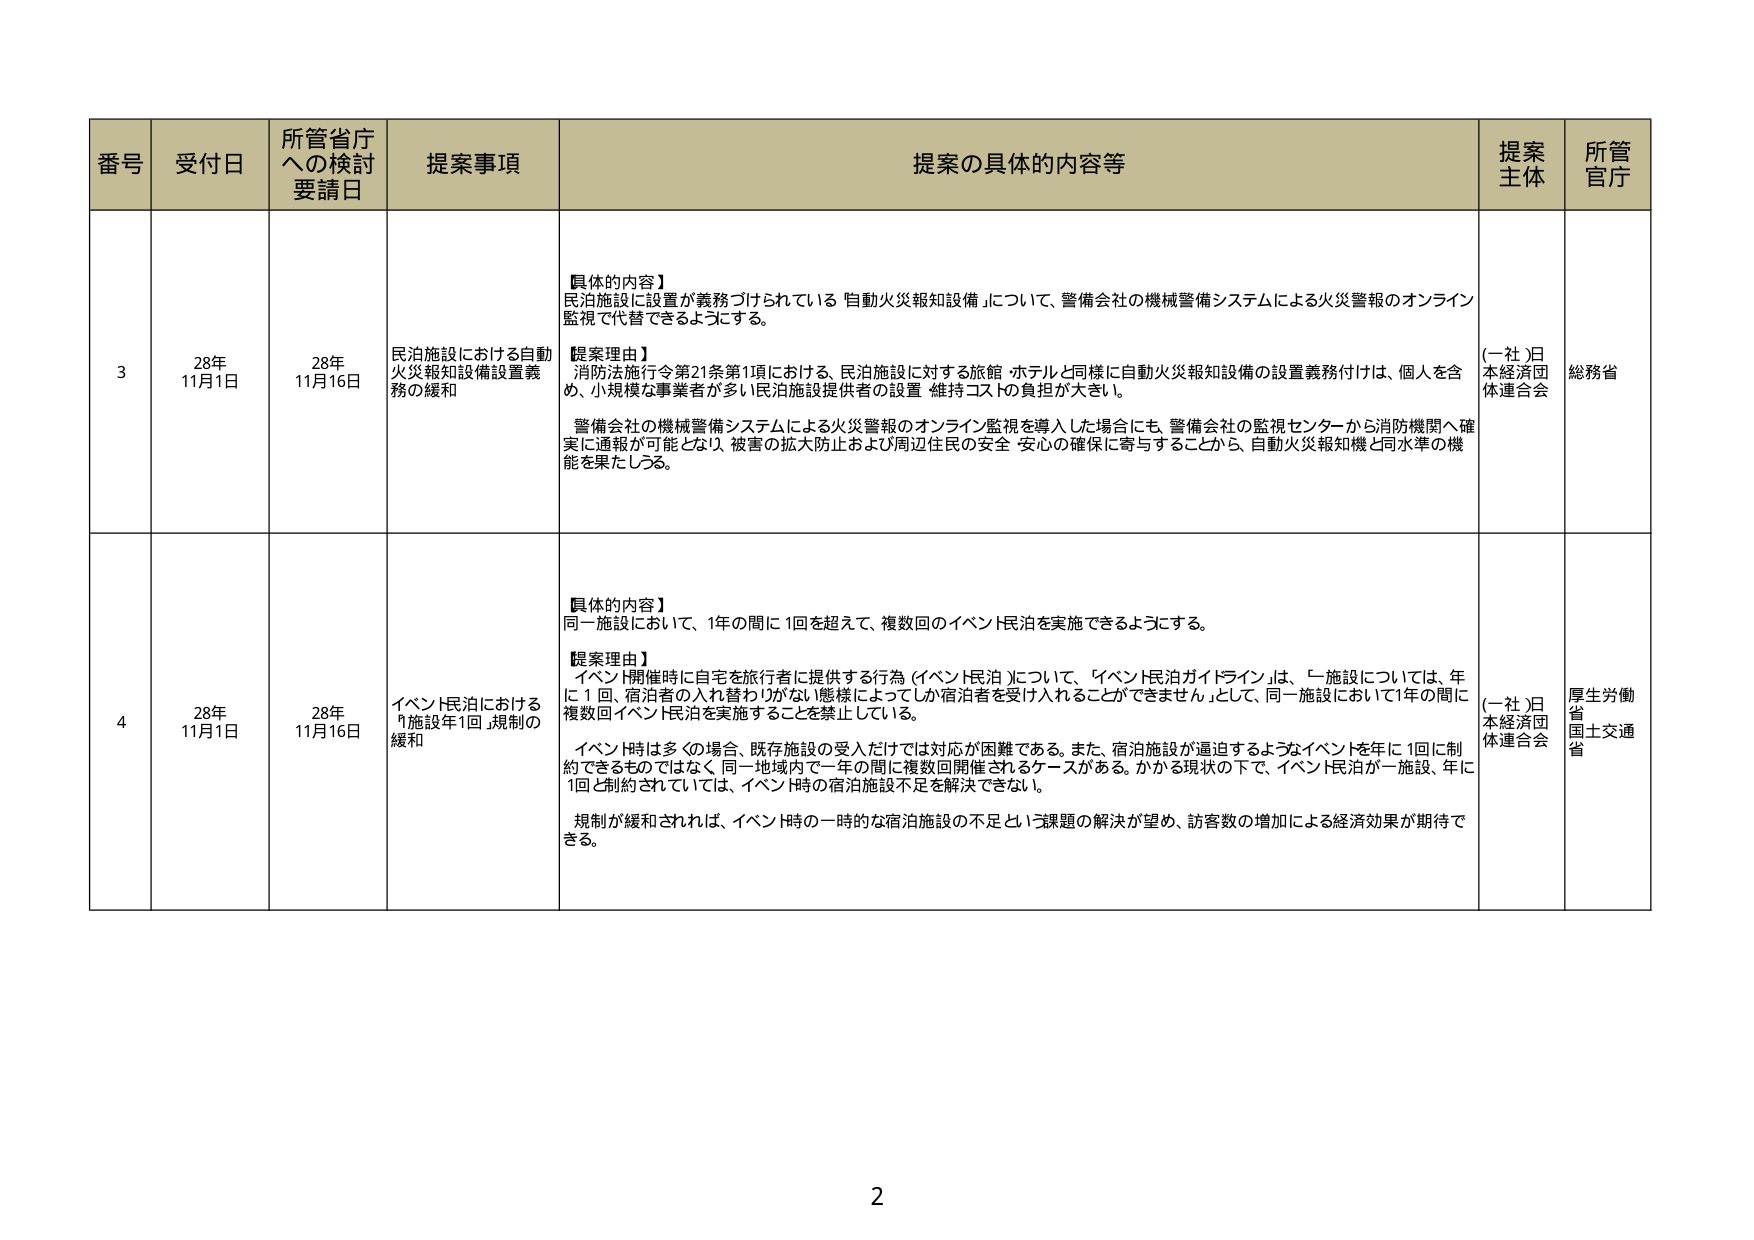
番号 受付日 所管省庁への検討要請日 提案事項 提案の具体的內容等 提案主体 所管官庁

3 28年11月1日 28年11月16日 民泊施設における自動火災報知設備設置義務の緩和 【具体的内容】 民泊施設に設置が義務づけられている「自動火災報知設備」について、警備会社の機械警備システムによる火災警報のオンライン監視で代替できるようにする。 【提案理由】 消防法施行令第21条第1項における、民泊施設に対する旅館・ホテルと同様に自動火災報知設備の設置義務付けは、個人を含め、小規模な事業者が多い民泊施設提供者の設置・維持コストの負担が大きい。 警備会社の機械警備システムによる火災警報のオンライン監視を導入した場合にも、警備会社の監視センターから消防機関へ確実に通報が可能となり、被害の拡大防止および周辺住民の安全・安心の確保に寄与することから、自動火災報知機と同水準の機能を果たしうる。 （一社）日本経済団体連合会 総務省

4 28年11月1日 28年11月16日 イベント民泊における「施設年1回」規制の緩和 【具体的内容】 同一施設において、1年の間に1回を超えて、複数回のイベント民泊を実施できるようにする。 【提案理由】 イベント開催時に自宅を旅行者に提供する行為（イベント民泊）について、「イベント民泊ガイドライン」は、「一施設については、年に1回、宿泊者の入れ替わりがない態様によってしか宿泊者を受け入れることができません」として、同一施設において1年の間に複数回イベント民泊を実施することを禁止している。 イベント時は多くの場合、既存施設の受入だけでは対応が困難である。また、宿泊施設が逼迫するようなイベントを年に1回に制約できるものではなく、同一地域内で一年の間に複数回開催されるケースがある。かかる現状の下で、イベント民泊が一施設、年に1回と制約されていては、イベント時の宿泊施設不足を解決できない。 規制が緩和されれば、イベント時の一時的な宿泊施設の不足という課題の解決が望め、訪客数の増加による経済効果が期待できる。 （一社）日本経済団体連合会 厚生労働省 国土交通省

2